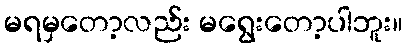
မရမှတော့လည်း မရွေးတော့ပါဘူး။